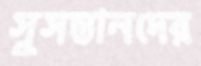
সুসন্তানদের